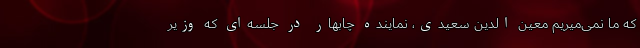
که ما نمی‌میریم معین الدین سعیدی، نماینده چابهار در جلسه‌ای که وزیر